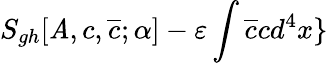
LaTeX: S_{gh}[\mathit{A},c,\overline{{{{c}}}};\alpha]-\varepsilon\int\overline{{{{c}}}}cd^{4}x\}